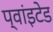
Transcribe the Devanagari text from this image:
प्वांइटेड